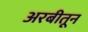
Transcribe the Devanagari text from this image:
अरबीतून